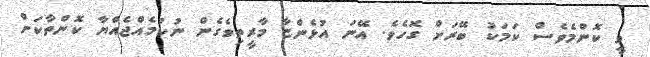
ވީ ކޮންމެވެސް ކަމަކު ބޭރަށް ގޮހެވެ. އޭނަ އުޅެންޏާ މާރީތިވެގެން ނުކުމެއްޖެއްޔާ ކޮންތާކަށް